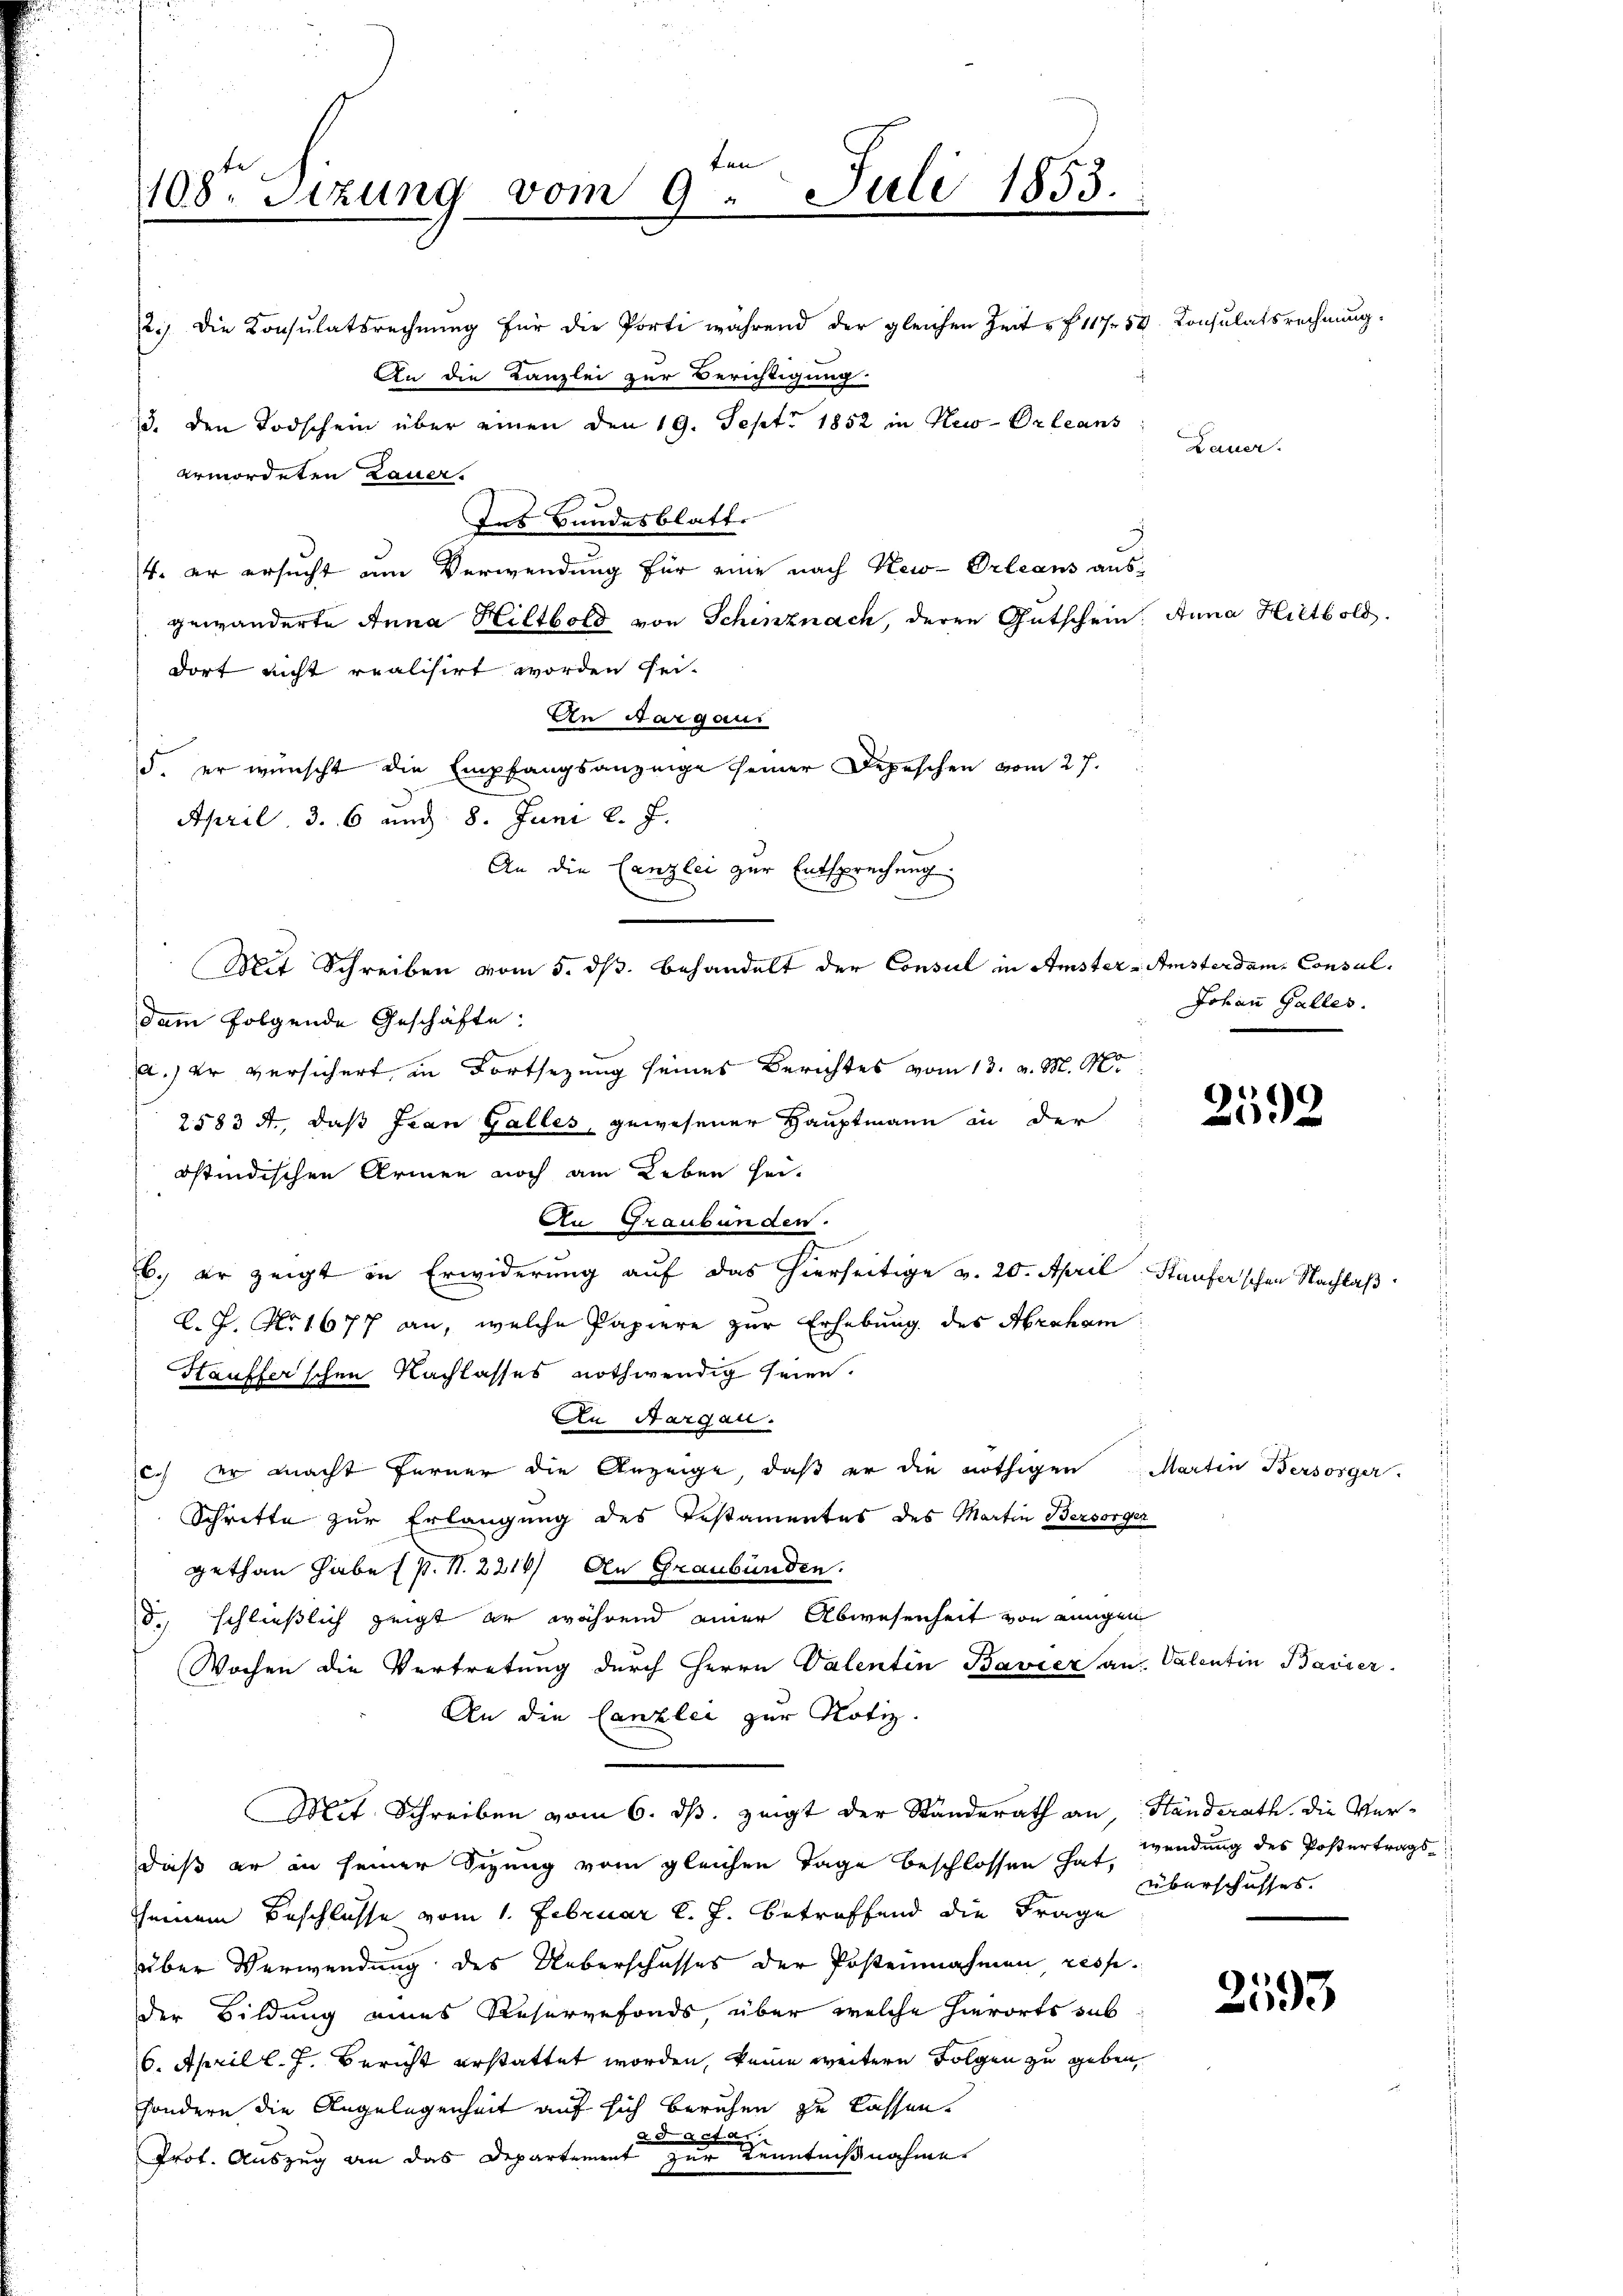
n
108te Sitzung vom 9. Juli 1853.
2.) Die Konsulatsrechnung für die Porti während der gleichen Zeit e f 11759. Consulatsrechnung.

An die Kanzlei zur Berichtigung.
13. den Todschein über einen den 19. Sept. 1852 in New-Orleans
ermordeten Lauer.
Ins Bundesblatt
4. er ersucht am Verwendung für eine nach New-Orleans aus-
gewänderte Anna Hiltbold von Schinznach, deren Gutschein. Anna Hiltbold
dort nicht realisirt worden sei.
An Aargaui
5. er wünscht die Empfangsanzeige seiner Depeschen vom 27.
April, 3. 6 und 8. Juni l. J.
An die Canzlei zur Entsprechung
Mit Schreiben vom 5. ds. behandelt der Consul in Amster-Amsterdam. Consuldam folgende Geschäfte:
a.) Er versichert in Fortsezung seines Berichtes vom 13. v. M. M.
2583 A., daß Fran Galles, gewesener Hauptmann in der
östindischen Armen noch am Leben seil. J. No 1677 an, welche Papiere zur Erhebung des Abraham
Hauffer’schen Nachlasses nothwendig seien.
An Aargau.
c.) Er macht ferner die Anzeige, daß er die nöthigen Martin Bersorger.
Schritte zur Erlangung des Testamentes des Martin Bersorger
gethan habe (s. S. 2214) An Graubünden.
d. schließlich zeigt er während einer Abwesenheit von einigen
Wochen die Vertretung durch Herrn Valenten Bavier an Valentin Basser
An die Canzlei zur Notiz.
Mit Schreiben vom 6. ds. zeigt der Standerath an Standerath die Ver-
daß er an seiner Sezung vom gleichen Tage beschlossen hat,
Überschusses.
seinem Beschlusse vom 1. Februar l. J. betreffend die Frage
über Verwendung des Ueberschusses der Posteinahmen resp.
)
der Bildung eines Reservefonds, über welche hierorts sub
6. April l. J. Bericht erstattet worden, keine weitere Folgen zu geben,
sondern die Angelegenheit auf sich beruhen zu lassen.
a darf. a.
Prot. Auszug an das Departement zur Kenntnißnahme

An Graubünden.
b. er zeigt in Erwiderung auf das hierseitige v. 20. April Stauferschen Nachlaß

Lauer.

2592

Johann Galles.

wendung des Postertrags-

6)
593